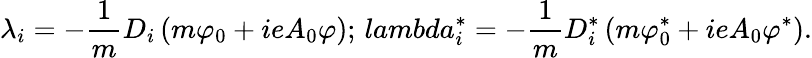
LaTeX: \lambda_{i}=-\frac{1}{m}D_{i}\left(m\varphi_{0}+ieA_{0}\varphi\right);\, lambda_{i}^{\ast}=-\frac{1}{m}D_{i}^{\ast}\left(m\varphi_{0}^{\ast}+ieA_{0}\varphi^{\ast}\right).